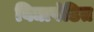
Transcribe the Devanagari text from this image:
विद्यापंडित